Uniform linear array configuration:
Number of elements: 16
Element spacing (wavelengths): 1
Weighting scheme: binomial
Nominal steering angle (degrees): -30
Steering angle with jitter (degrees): -30.518
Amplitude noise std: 0.05
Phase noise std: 0.05

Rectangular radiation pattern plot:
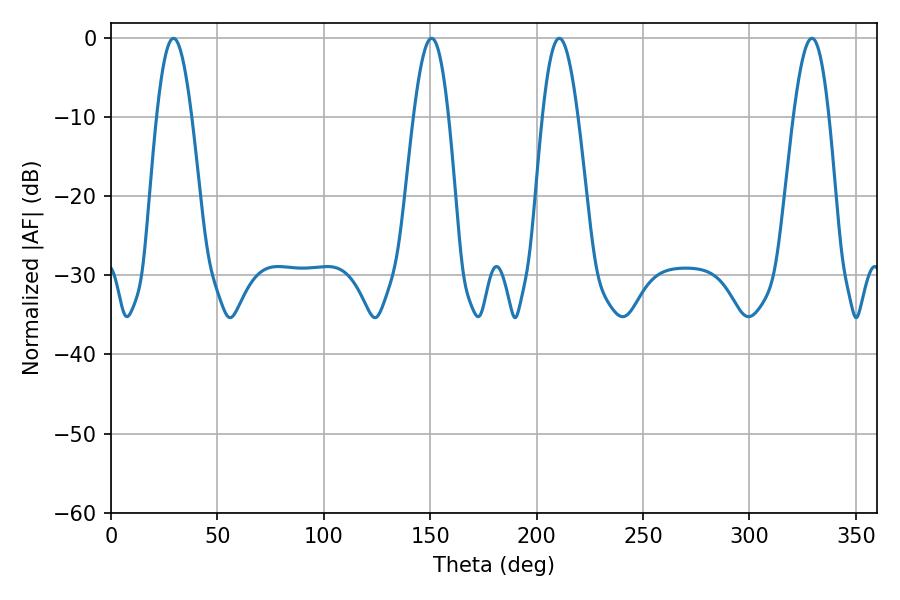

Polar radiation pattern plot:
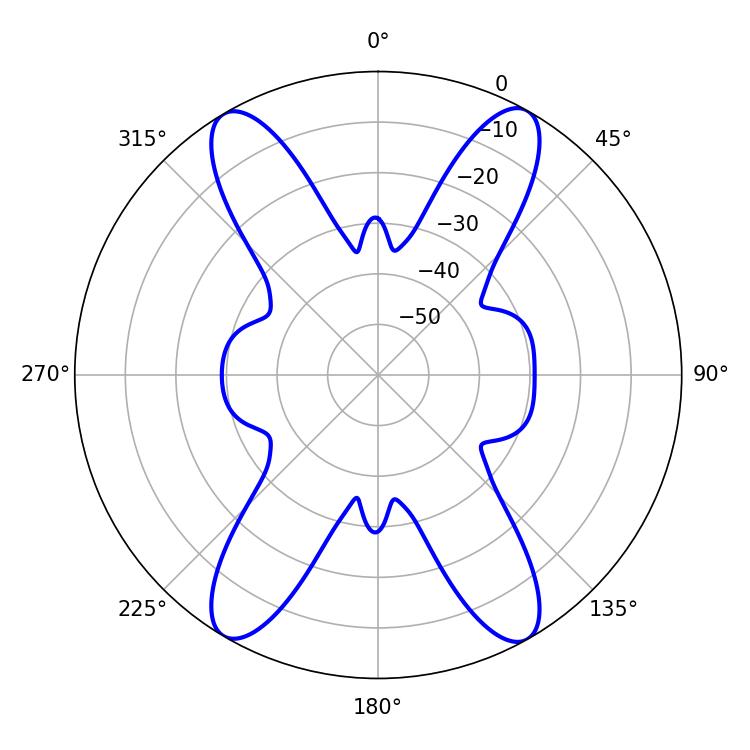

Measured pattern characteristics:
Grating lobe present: TRUE
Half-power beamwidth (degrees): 8.82
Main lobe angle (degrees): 29.34